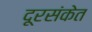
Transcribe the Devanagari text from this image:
दूरसंकेत